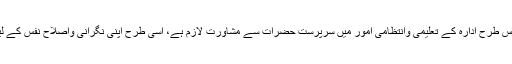
(۱۱) ایک ادارہ کے سربراہ و ذمہ دار کے لیے جس طرح ادارہ کے تعلیمی وانتظامی اُمور میں سرپرست حضرات سے مشاورت لازم ہے، اسی طرح اپنی نگرانی واصلاحِ نفس کے لیے بھی اپنا بڑا کسی کو مقرر کرنا ضروری ہے۔